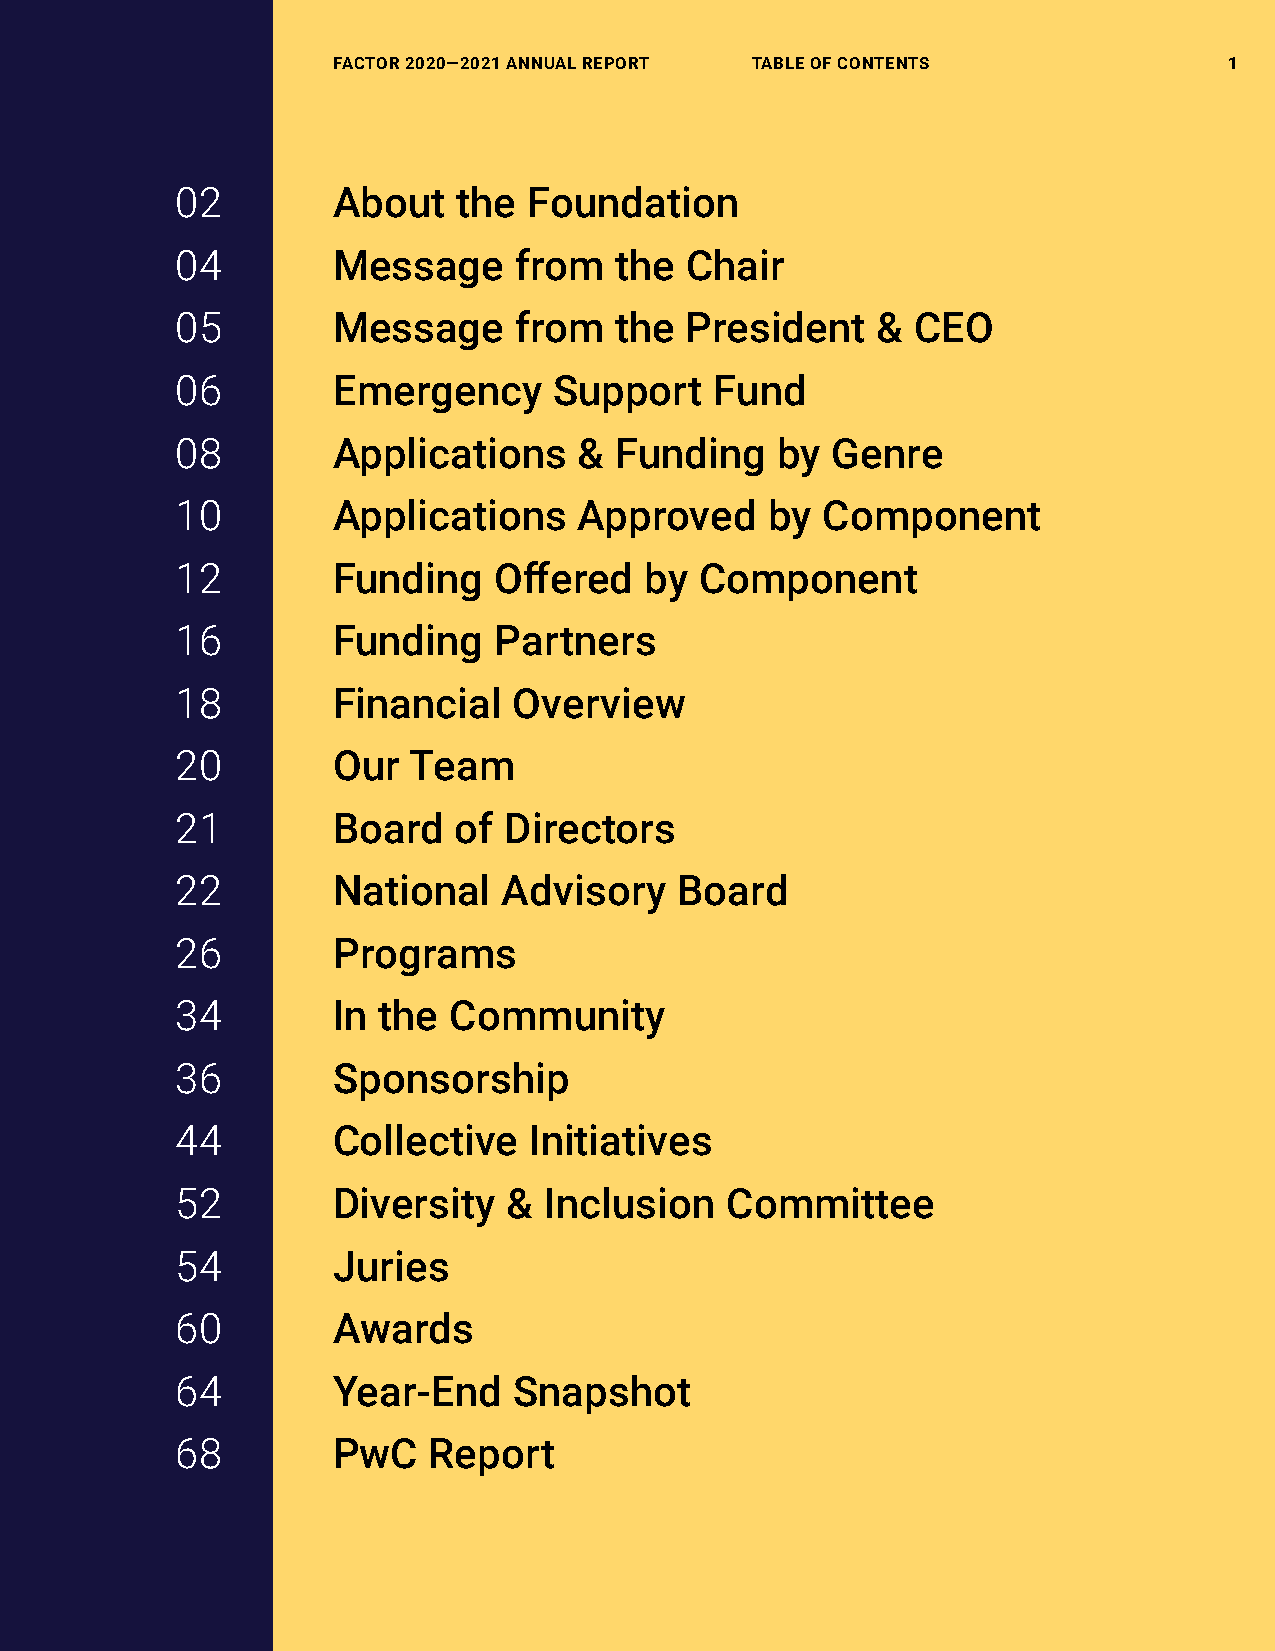
FACTOR 2020—2021 ANNUAL REPORT    Table of conTenTs              1
 facToR 2020—2021 annUal RePoRT Table of conTenTs           1
 02        About   the  Foundation
 04        Message     from   the Chair
 05        Message     from   the President    &  CEO
 06        Emergency      Support   Fund
 08        Applications    &  Funding   by  Genre
 10        Applications    Approved     by Component
 12        Funding    Offered   by Component
 16        Funding    Partners
 18        Financial   Overview
 20        Our  Team
 21        Board   of Directors
 22        National   Advisory    Board
 26        Programs
 34        In the  Community
 36        Sponsorship
 44        Collective   Initiatives
 52        Diversity   & Inclusion   Committee
 54        Juries
 60        Awards
 64        Year-End    Snapshot
 68        PwC   Report